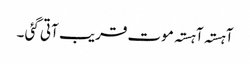
آہستہ آہستہ موت قریب آتی گئی ۔